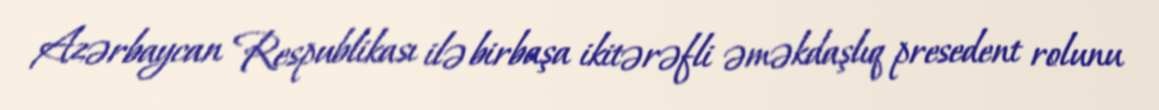
Azərbaycan Respublikası ilə birbaşa ikitərəfli əməkdaşlıq presedent rolunu